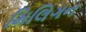
મિલિગન